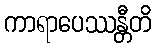
ကာရာပေဿန္တီတိ